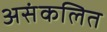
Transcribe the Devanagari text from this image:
असंकलित